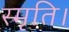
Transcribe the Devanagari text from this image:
स्मृति।